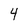
Character: 4